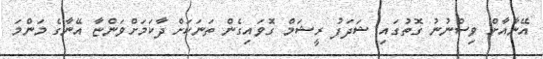
އޭނާއާށް ވިސްނުނު ގޮތުގައި ޝަދަފު ރީޝަމް ގޮވައިގެން ތަނަކަށް ދާކަމަށްވަންޏާ އޭނާގެ މަންމަ